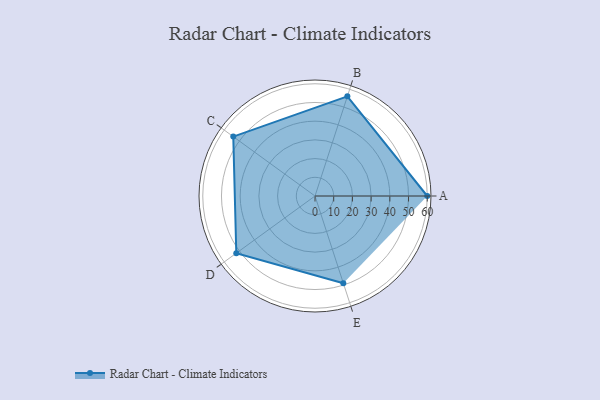
{"axis": {"x": "Skill", "y": "Score"}, "legend": ["Profile"], "data": [{"x": "A", "y": 60.0, "type": "Profile"}, {"x": "B", "y": 56.0, "type": "Profile"}, {"x": "C", "y": 54.0, "type": "Profile"}, {"x": "D", "y": 52.0, "type": "Profile"}, {"x": "E", "y": 49.0, "type": "Profile"}]}